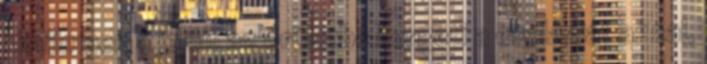
kisfilmben a jelölt az őrületbe kergeti a családját azzal,